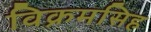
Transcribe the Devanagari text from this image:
विक्रमसिह